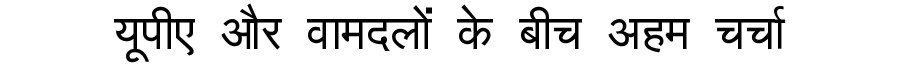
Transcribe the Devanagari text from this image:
यूपीए और वामदलों के बीच अहम चर्चा